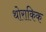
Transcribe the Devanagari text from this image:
थोराकिक